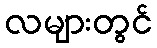
လများတွင်